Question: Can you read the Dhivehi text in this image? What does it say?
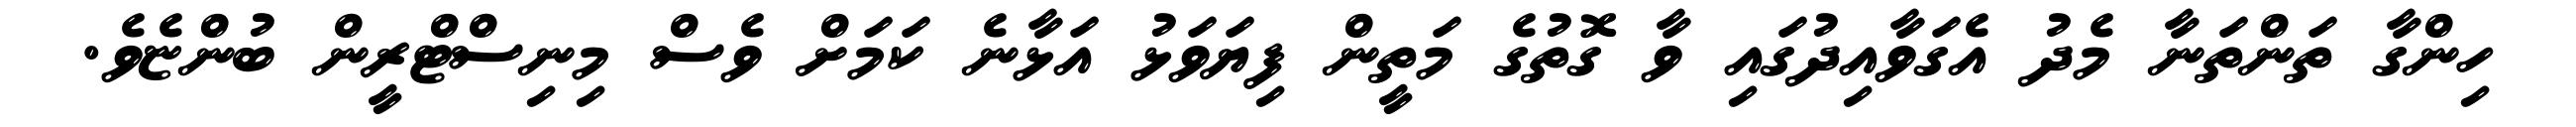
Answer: ހިންގާ ތަންތަނާ މެދު އެގަވާއިދުގައި ވާ ގޮތުގެ މަތީން ފިޔަވަޅު އަޅާނެ ކަމަށް ވެސް މިނިސްޓްރީން ބުންޏެވެ.